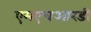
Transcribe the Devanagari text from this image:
एमएचआरडी